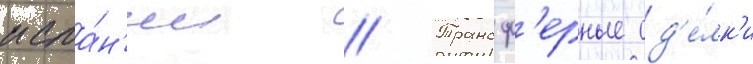
испа́н'ии // Трансф'ерные сд'е́лк'и